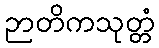
ဉာတိကသုတ္တံ